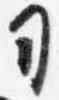
司